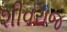
શીવરાજ